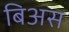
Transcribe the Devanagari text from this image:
बिअस